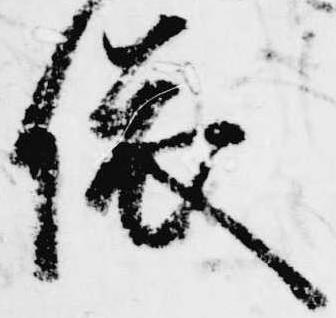
依